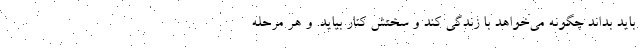
باید بداند چگونه می‌خواهد با زندگی کند و سختش کنار بیاید. و هر مرحله